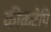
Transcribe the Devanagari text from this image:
कीकटेपि